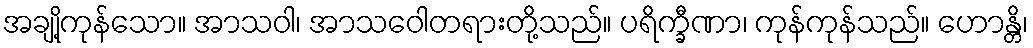
အချို့ကုန်သော။ အာသဝါ၊ အာသဝေါတရားတို့သည်။ ပရိက္ခီဏာ၊ ကုန်ကုန်သည်။ ဟောန္တိ၊